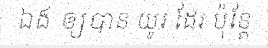
ឯង ឲ្យបាន យូរ ដែរ ប៉ុន្តែ